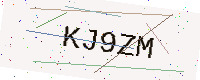
Text: KJ9ZM